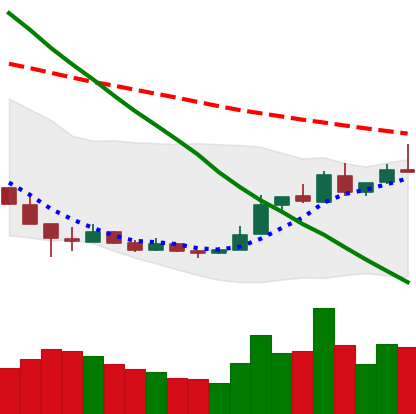
Ticker: LTC-USD
Chart end date: 2018-12-24
Forward return: -4.915%
Label: down_3_5